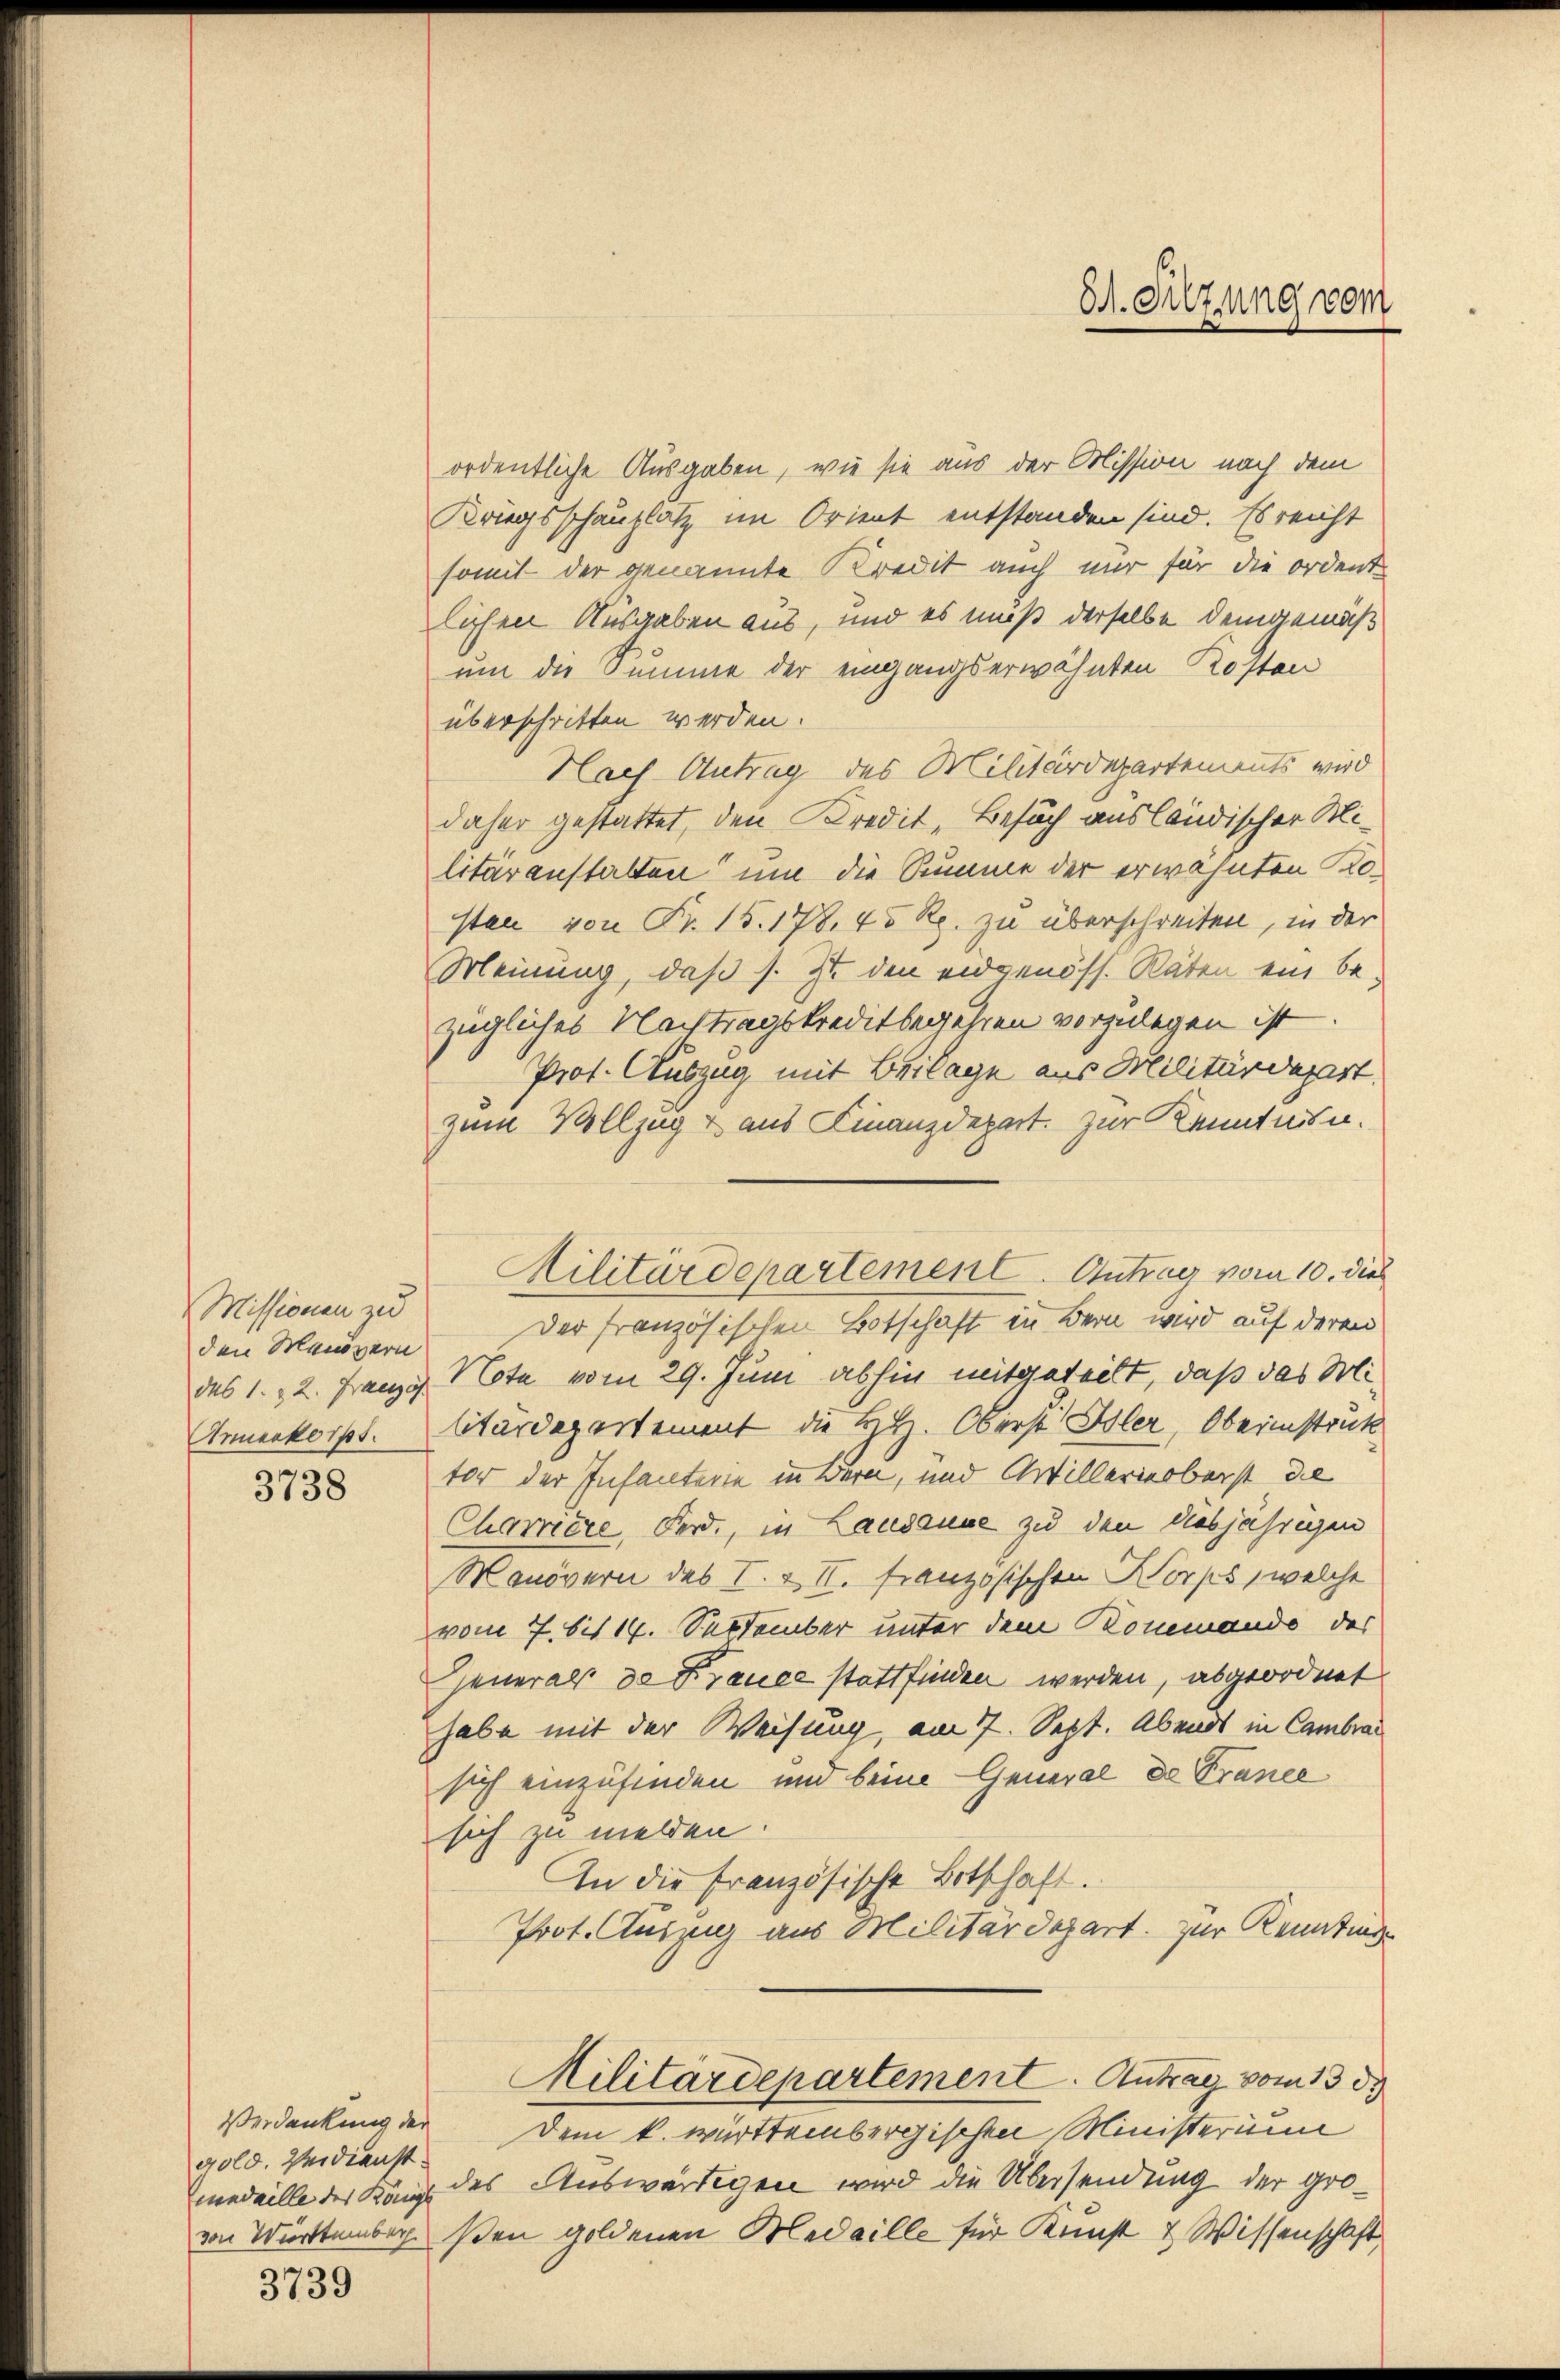
Missionen zu
den Manövern
das 1. 22. Französ.

3738

gold. Verdienst.

3739

ordentliche Ausgaben, wie sie aus der Mission nach dem
Kriegsschauplatz im Orient entstanden sind. Es reicht
somit der genannte Kredit auch nur für die ordent
lichen Ausgaben aus, und es muß derselbe demgemäß
um die Summe der eingangserwähnten Kostan
überschritten werden.
Nach Antrag des Militärdepartements wird
daher gestattet, den Kredit, Besuch ausländischer Militäranstalten um die Summe der erwähnten Kosten von Fr. 15. 178. 45 Rp. zu überschreiten, in der
Meinung, daß s. Zu den eidgenöss. Räten ein bezügliches Nachtragskreditbegehren vorzulegen ist.
Prot. Auszug mit Beilage aus Militärdepart.
zum Vollzug aus Finanzdepart. Zur Kenntnisn.
Der französischen Botschaft in Bern wird auf deren
Note vom 29. Juni abhin mitgeteilt, daß das Mi¬
Annenkorpt. litärdepartement die HH. Oberst Isler, Oberinstruk
tor der Infanterie in Bern, und Artillerierberst die
Charrière Ferd., in Lausanne zu den diesjährigen
Manövern des I. & II. französischen Korps, welche
vom 7. bis 17. September unter dem Kommando des
Generals de France stattfinden werden, abgeordnet
habe mit der Weisung, am 7. Sept. Abends in Cambrac
sich einzufinden und beim General de France
sich zu melden.
In die französische Botschaft.
Prot. Auszug aus Militärdepart zur Kenntinge
Militärdepartement. Antrag vom 13. d.
Verdankung der Dem k. württembergischen Ministeriu
medaille der Kan des Auswärtigen wird die Übersendung der grovon Württember sen goldenen Medaille für Kunst & Wissenschaft

Militärdepartement. Antrag vom 10. dies

D. Filzung vom